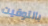
بالتوقيت